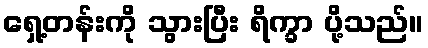
ရှေ့တန်းကို သွားပြီး ရိက္ခာ ပို့သည်။